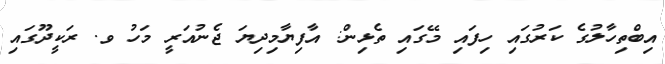
އިބްތިހާލުގެ ކަރުގައި ހިފައި މޭގައި ތެޅިން: އާފިޔާމިދިޔަ ޖެނުއަރީ މަހު ވ. ރަކީދޫގައި